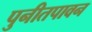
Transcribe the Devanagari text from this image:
पुनीतपावन